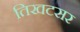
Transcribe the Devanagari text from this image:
तिखटसर